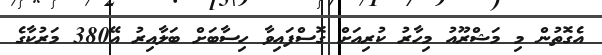
އެގޮތުން މި މަޝްރޫއު މިހާރު ކުރިއަށް ގޮސްފައިވާ ހިސާބަށް ބަލާއިރު އޭ380 މަރުކާގެ